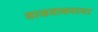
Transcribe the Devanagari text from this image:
वाजवावयाचा